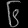
Digit: ၆